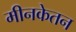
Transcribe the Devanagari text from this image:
मीनकेतन